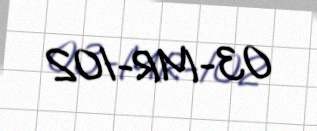
03-MR-102